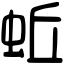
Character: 蚯